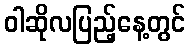
ဝါဆိုလပြည့်နေ့တွင်